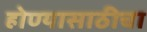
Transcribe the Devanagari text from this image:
होण्यासाठीचा